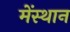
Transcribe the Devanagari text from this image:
मेंस्थान